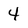
Character: 4